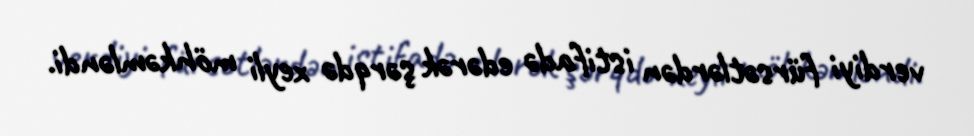
verdiyi fürsətlərdən istifadə edərək şərqdə xeyli möhkəmləndi.